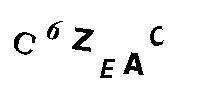
C6ZEAC